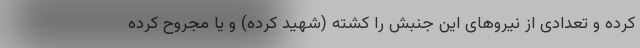
کرده و تعدادی از نیروهای این جنبش را کشته (شهید کرده) و یا مجروح کرده